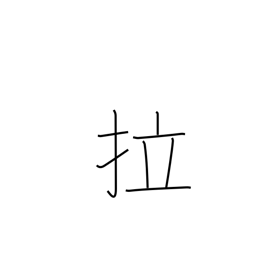
Meaning: Latin